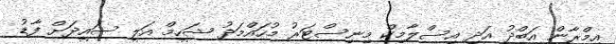
އިމްރާން އަބްދު އަދި އިސްލާމިކް މިނިސްޓަރު މުހައްމަދު ޝަހީމް އަލީ ސައީދަށް ފާޑު